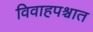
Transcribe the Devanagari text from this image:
विवाहपश्चात